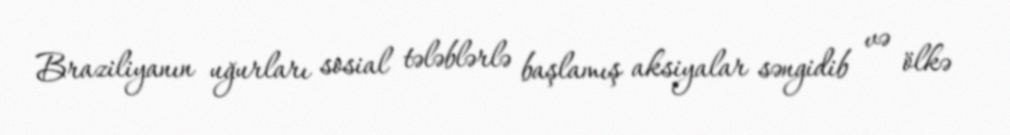
Braziliyanın uğurları sosial tələblərlə başlamış aksiyalar səngidib və ölkə